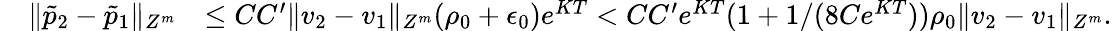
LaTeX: \begin{array}{rlr}&{\| \tilde{p}_{2}-\tilde{p}_{1}\| _{Z^{m}}}&{\leq CC^{\prime}\| v_{2}-v_{1}\| _{Z^{m}}(\rho_{0}+\epsilon_{0})e^{KT}<CC^{\prime}{{e^{KT}}}(1+1/(8Ce^{KT}))\rho_{0}\| v_{2}-v_{1}\| _{Z^{m}}.}\end{array}